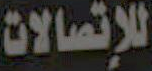
للإتصالات